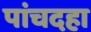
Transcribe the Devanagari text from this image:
पांचदहा